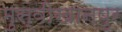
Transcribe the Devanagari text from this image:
मुस्वीखानपुर